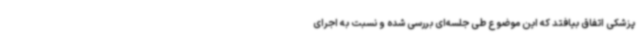
‌پزشکی اتفاق بیافتد که این موضوع طی جلسه‌ای بررسی شده و نسبت به اجرای